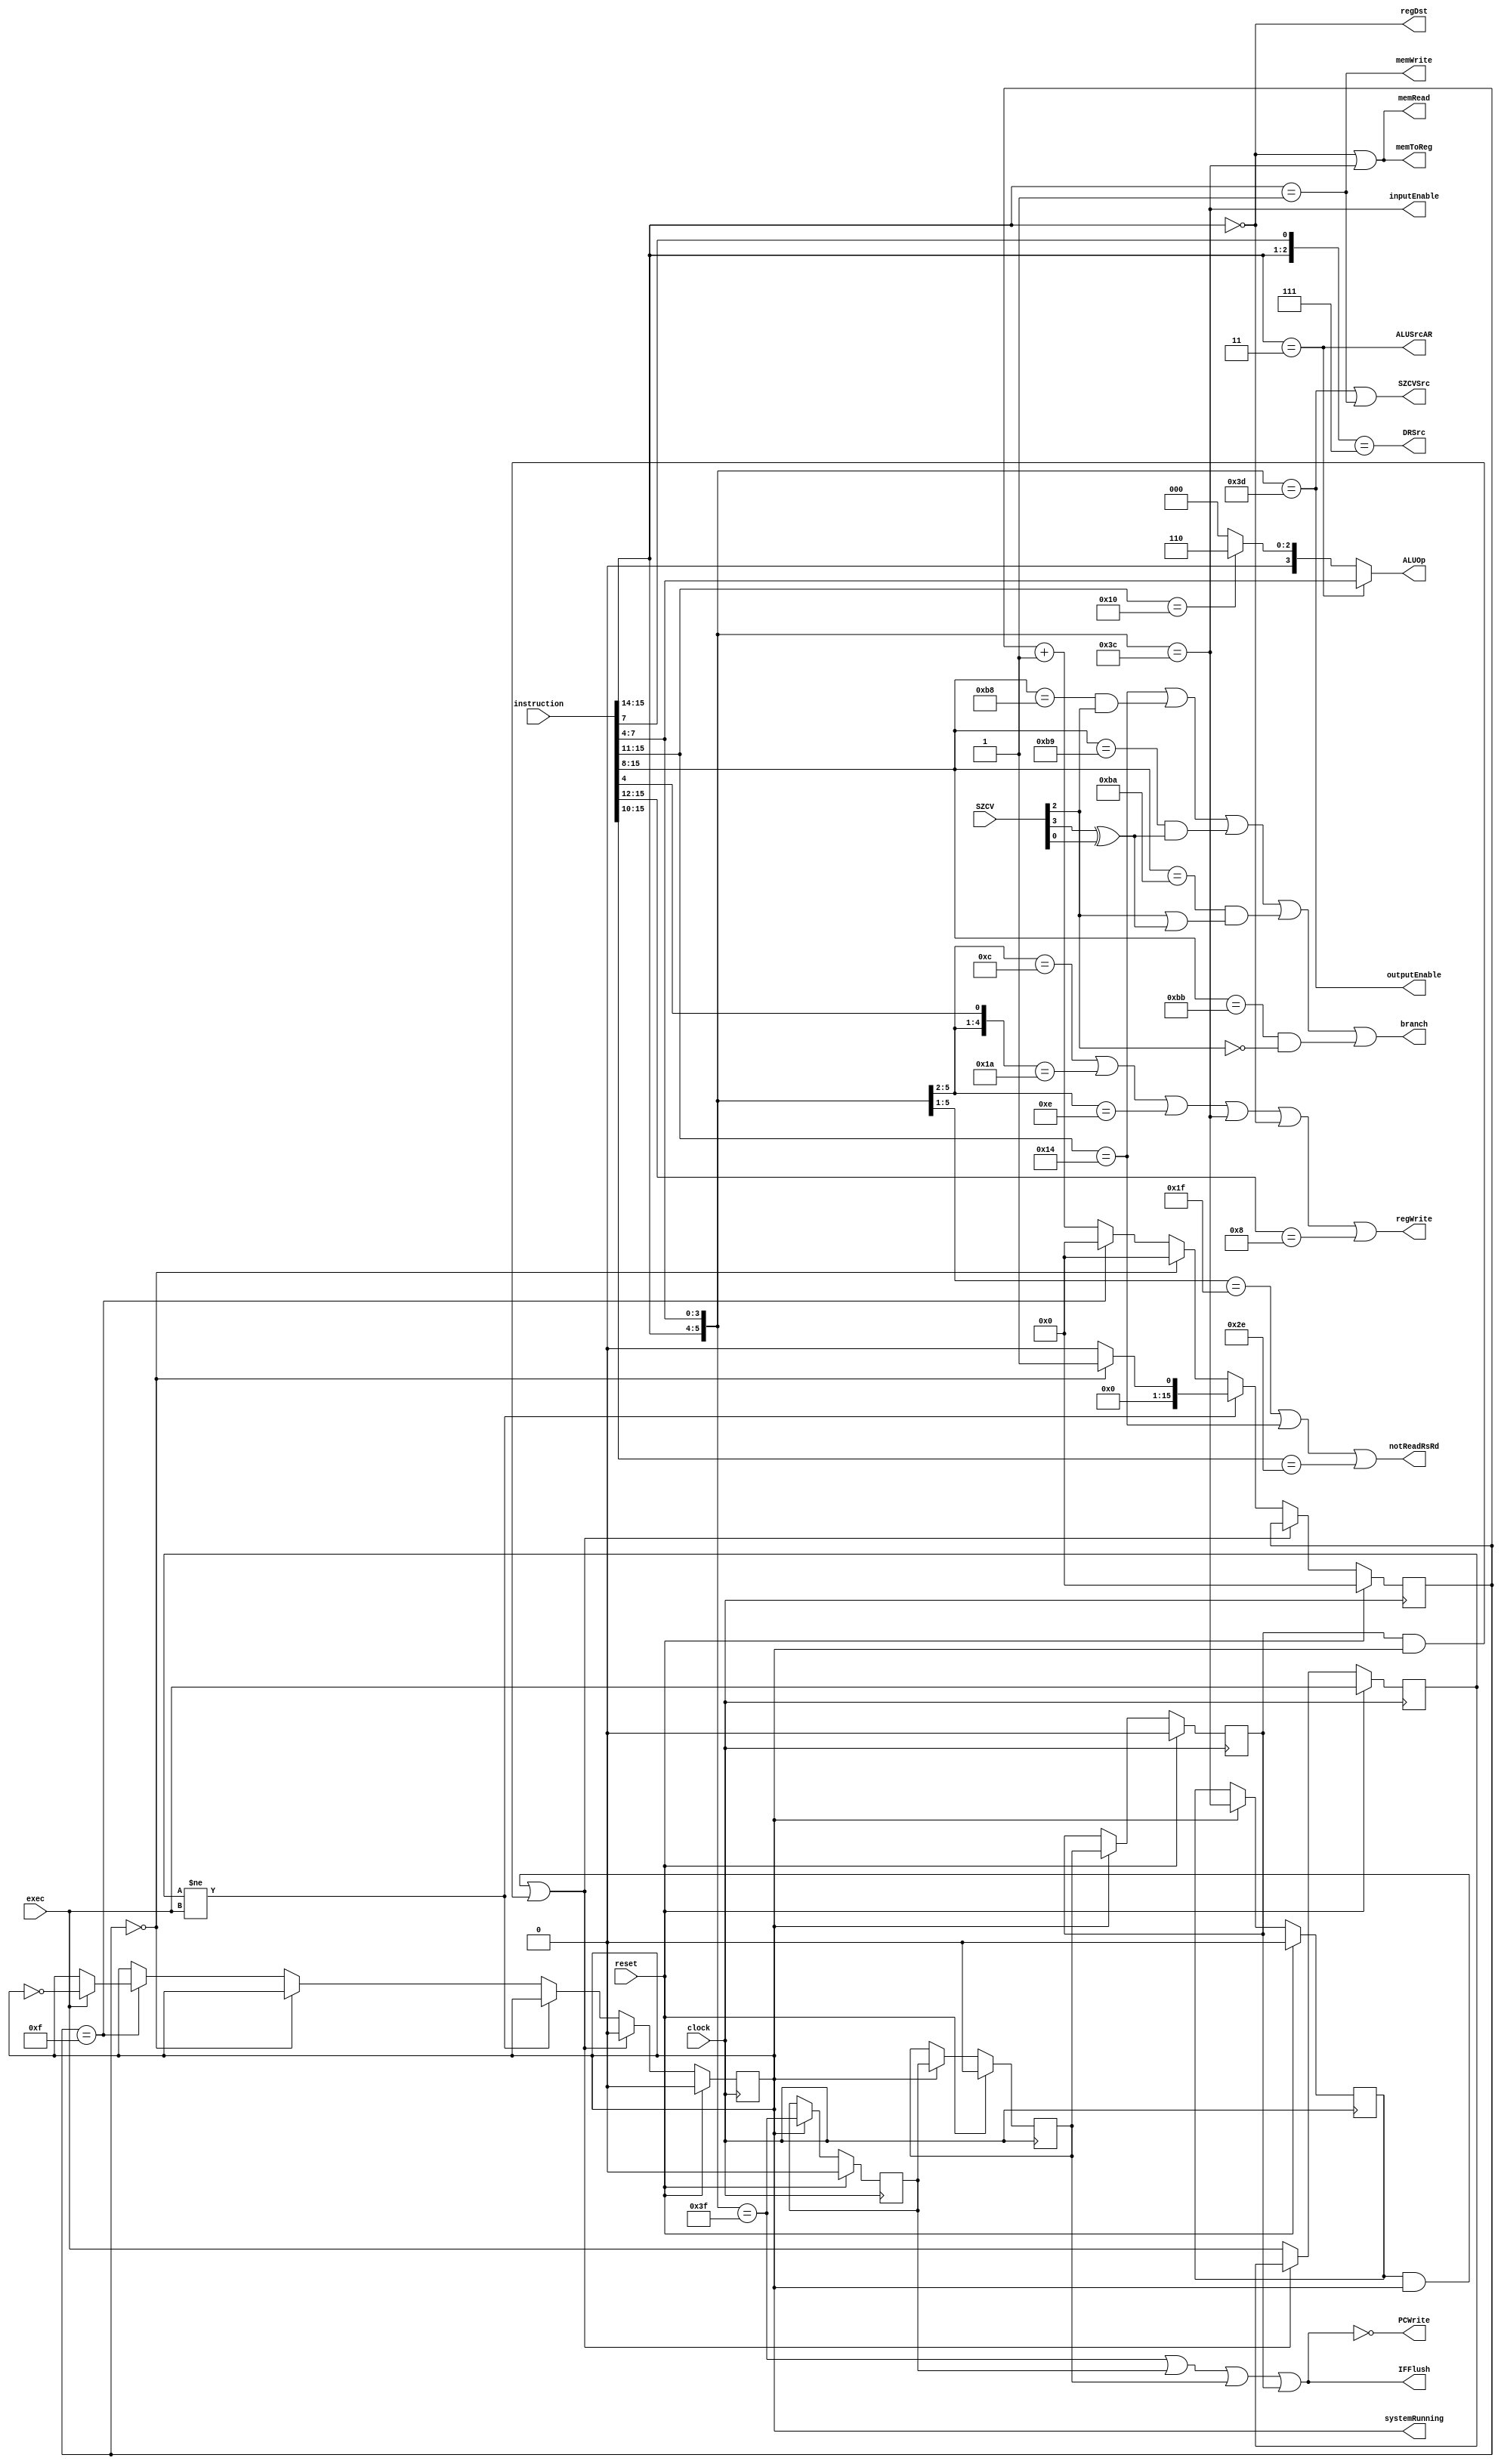
module control ( 
	input clock,
	input [15:0] instruction,//ほんとは命令の必要な個所のみでよい
	input reset,
	input exec,
	input [3:0] SZCV,
	output regDst,
	output ALUSrcAR,
	output [3:0] ALUOp,
	output DRSrc,
	output outputEnable,
	output SZCVSrc,
	output memRead,//IN,LDのときpipelineストールを起こすために1
	output inputEnable,
	output memWrite,
	output branch,
	output regWrite, // 1 when p5
	output memToReg ,
	output notReadRsRd,
	output reg systemRunning, 
	output IFFlush,
	output PCWrite);


	reg [15:0] counter;
	reg exec_pre;
	always @(posedge clock) begin
		if(reset) begin
			counter <= 16'h 0000;
			systemRunning <= 1'b 0;
			exec_pre <= exec;
		end else begin
			if ((inputEnable_IDEX & systemRunning/*p3*/)|(halt_MEMWB & systemRunning/*p5*/)) begin 
				systemRunning <= 1'b 0;
			end else begin
				exec_pre <= exec;
				if(exec_pre != exec) begin
					if(counter == 16'h0000) begin
						counter <= 16'h0001;
					end else begin
						counter <= 16'h0000;
					end
				end else begin
					if(counter == 16'h0000) begin
						counter <= 16'h0000;
					end else if(counter == 16'h 000f) begin
						counter <= 16'h0000;
						if(exec == 1'b1) begin
							systemRunning <= ~systemRunning;
						end
					end else begin
						counter <= counter + 16'h0001 ;
					end
				end
			end
		end	


		if(reset) begin
			halt_IDEX <= 1'b 0;
			halt_EXMEM <= 1'b 0;
			halt_MEMWB <= 1'b 0;
			inputEnable_IDEX <= 1'b 0;
		end	else begin
			if(systemRunning) begin
				halt_IDEX <= halt;
				halt_EXMEM <= halt_IDEX;
				halt_MEMWB <= halt_EXMEM;
				inputEnable_IDEX <= inputEnable;
			end
		end
	end

	reg halt_IDEX;
	reg halt_EXMEM;
	reg halt_MEMWB;
	assign IFFlush = halt | halt_IDEX | halt_EXMEM | halt_MEMWB ;
	assign PCWrite = ~( halt | halt_IDEX | halt_EXMEM | halt_MEMWB );
	reg inputEnable_IDEX;


	wire halt;
	assign halt = ({instruction[15:14], instruction[7:4]} == 6'b11_1111);//HALT

	wire S, Z, C, V;
	assign {S,Z,C,V} = SZCV[3:0];

	wire [2:0] cond;
	assign cond = instruction[10:8];
	
	wire [3:0] op;
	assign op = instruction[7:4];

	//p2
	assign notReadRsRd = (({instruction[15:14], instruction[7:5]} == 5'b 11_111)//NOP,HLT
						|({instruction[15:14],instruction[13:11]} == 5'b10_100) //B
						|({instruction[15:14],instruction[13:11],instruction[10]} == 6'b10_111_0) //BE,BLT,BLE,BNE
	);

	//p2
	assign regDst =  (instruction[15:14] == 2'b00);//LD

	//p3
	assign ALUSrcAR =  (instruction[15:14]==2'b11);//演算,シフト,IN,OUT,NOP,HALTで1

	//p3
	assign ALUOp = ALU_OP(instruction[15:0]);
	
	//p3
	assign DRSrc =  ({instruction[15:14], instruction[7]}== 3'b11_1);//シフト,IN,OUT,NOP,HALTのとき1に設定

	//p3
	assign outputEnable =  ({instruction[15:14], instruction[7:4]} == 6'b11_1101);//OUT

	//p3
	assign SZCVSrc = ({instruction[15:14], instruction[7:4]} == 6'b11_1101) //OUT
					|(instruction[15:14] == 2'b01); //ST

	//p4
	assign memRead = (instruction[15:14] == 2'b 00) //LD
					|({instruction[15:14], instruction[7:4]} == 6'b11_1100); //IN

	//p4
	assign inputEnable =  ({instruction[15:14], instruction[7:4]} == 6'b11_1100);//IN

	//p4
	assign memWrite =  (instruction[15:14] == 2'b01); // ST

	//p4
	assign branch =  (({instruction[15:14],instruction[13:11]} == 5'b10_100) //B
						|(({instruction[15:14],instruction[13:11],instruction[10:8]} == 8'b10_111_000)& Z) //BE
						|(({instruction[15:14],instruction[13:11],instruction[10:8]} == 8'b10_111_001)& (S^V)) //BLT
						|(({instruction[15:14],instruction[13:11],instruction[10:8]} == 8'b10_111_010)& (Z|(S^V))) //BLE
						|(({instruction[15:14],instruction[13:11],instruction[10:8]} == 8'b10_111_011)& (~Z)) //BNE
						//| ({instruction[15:14], instruction[7:4]} == 6'b11_1111) //HALT
	);

	//p5
	assign regWrite =  
					(
						({instruction[15:14],instruction[7:6]} == 4'b11_00)//ADD,SUB,AND,OR
						| ({instruction[15:14],instruction[7:6],instruction[4]} == 5'b11_01_0)//XOR,MOV
						| ({instruction[15:14],instruction[7:6]} == 4'b11_10)//シフト
						| ({instruction[15:14],instruction[7:4]} == 6'b11_1100)//IN
						| (instruction[15:14] == 2'b00) //LD
						| ({instruction[15:14],instruction[13:12]} == 4'b10_00)  //LI,ADDI 
					);

	//p5
	assign memToReg =  ( (instruction[15:14] == 2'b00) //LD 
							| ({instruction[15:14], instruction[7:4]} == 6'b11_1100)); //IN

	function [3:0] ALU_OP;
		input [15:0] INSTRUCTION;
		/*if({INSTRUCTION[15:14], INSTRUCTION[7,4]} == 6'b111111)begin ALU_OP[3:0] = 4'b0000 end else */ 
		if(INSTRUCTION[15:14] == 2'b11) begin
			ALU_OP[3:0] = INSTRUCTION[7:4];//命令中のオペコードをそのまま
		end else if({INSTRUCTION[15:14], INSTRUCTION[13:11]} == 5'b10_000) begin
			ALU_OP = 4'b0110; //LIのためのMOV命令
		end else begin 
			ALU_OP = 4'b0000; //アドレス計算,ADDIのための足し算
		end
	endfunction



endmodule